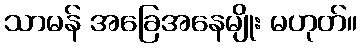
သာမန် အခြေအနေမျိုး မဟုတ်။